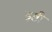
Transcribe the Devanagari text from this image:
इष्टी